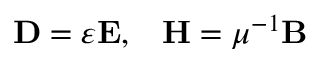
\mathbf { D } = \varepsilon \mathbf { E } , \; \; \; \mathbf { H } = \mu ^ { - 1 } \mathbf { B }